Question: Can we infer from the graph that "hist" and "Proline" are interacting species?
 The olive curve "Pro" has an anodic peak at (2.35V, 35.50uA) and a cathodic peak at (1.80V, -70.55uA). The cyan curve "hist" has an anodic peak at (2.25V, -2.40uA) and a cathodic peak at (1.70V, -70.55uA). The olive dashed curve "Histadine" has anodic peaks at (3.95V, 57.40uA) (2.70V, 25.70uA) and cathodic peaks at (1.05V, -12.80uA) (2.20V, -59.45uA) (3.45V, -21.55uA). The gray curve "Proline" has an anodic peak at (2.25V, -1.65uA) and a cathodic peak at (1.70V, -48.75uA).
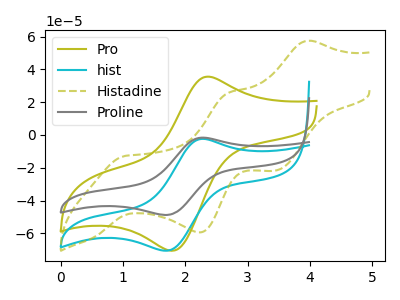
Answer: <think>All the peaks in "hist" have a peak in "Proline" at the same potential.
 </think>
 <answer>No, "hist" and "Proline" don't appear to be significantly different in shape</answer>
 <eval>no_change</eval>